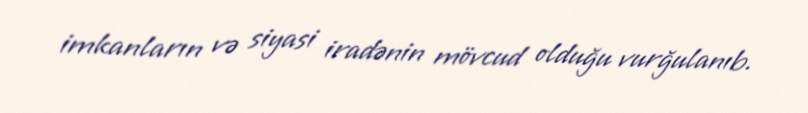
imkanların və siyasi iradənin mövcud olduğu vurğulanıb.